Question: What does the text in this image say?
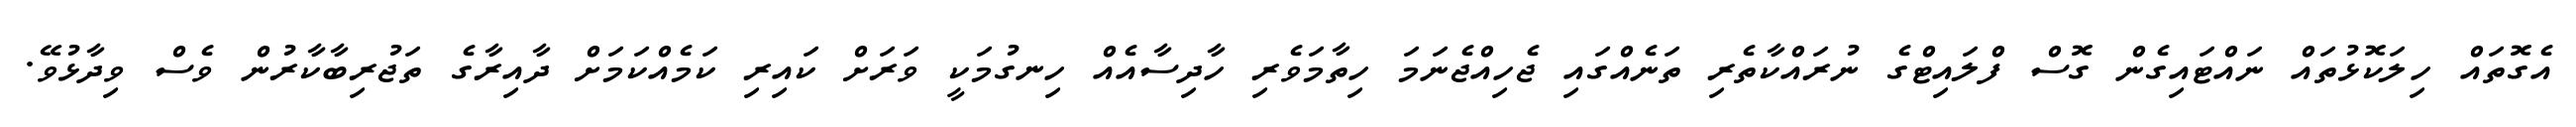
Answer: އެގޮތައް ހިލަކޮޅުތައް ނައްޓައިގެން ގޮސް ފްލައިޓްގެ ނުރައްކާތެރި ތަނެއްގައި ޖެހިއްޖެނަމަ ހިތާމަވެރި ހާދިސާއެއް ހިނގުމަކީ ވަރަށް ކައިރި ކަމެއްކަމަށް ދާއިރާގެ ތަޖުރިބާކާރުން ވެސް ވިދާޅުވޭ.